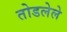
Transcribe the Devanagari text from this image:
तोडलेले